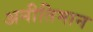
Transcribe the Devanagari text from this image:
अनीतिमान